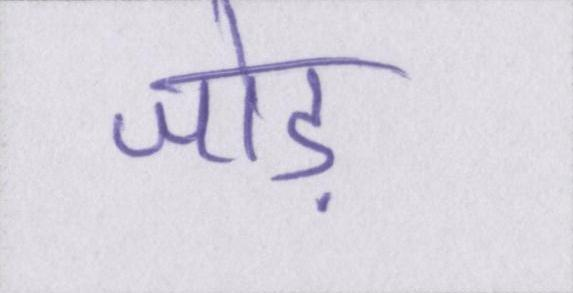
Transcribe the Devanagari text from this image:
जोड़